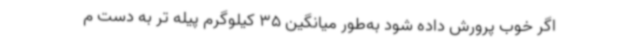
اگر خوب پرورش داده شود به‌طور میانگین 35 کیلوگرم پیله تر به دست م